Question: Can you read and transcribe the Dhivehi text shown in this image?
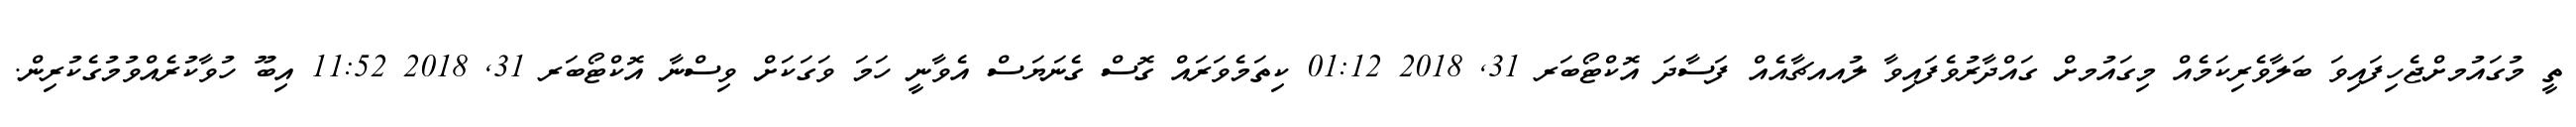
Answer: ތީ މުގައުމށްޖެހިފައިވަ ބަލާވެރިކަމެއް މިގައުމށް ގައްދާރުވެފައިވާ ލުއއޗާއެއް ފަސާދަ އޮކްޓޯބަރ 31, 2018 01:12 ކިތަމެވަރައް ގޮސް ގެނަޔަސް އެވާނީ ހަމަ ވަގަކަށް ވިސްނާ އޮކްޓޯބަރ 31, 2018 11:52 އިބޫ ހުވާކުރެއްވުމުގެކުރިން.